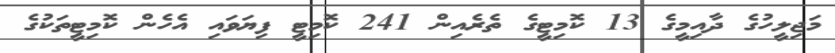
މަޖިލީހުގެ ދާއިމީގެ 13 ކޮމިޓީގެ ތެރެއިން 241 ކޮމިޓީ ފިޔަވައި އެހެން ކޮމިޓީތަކުގެ